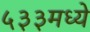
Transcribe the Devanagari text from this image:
५३३मध्ये